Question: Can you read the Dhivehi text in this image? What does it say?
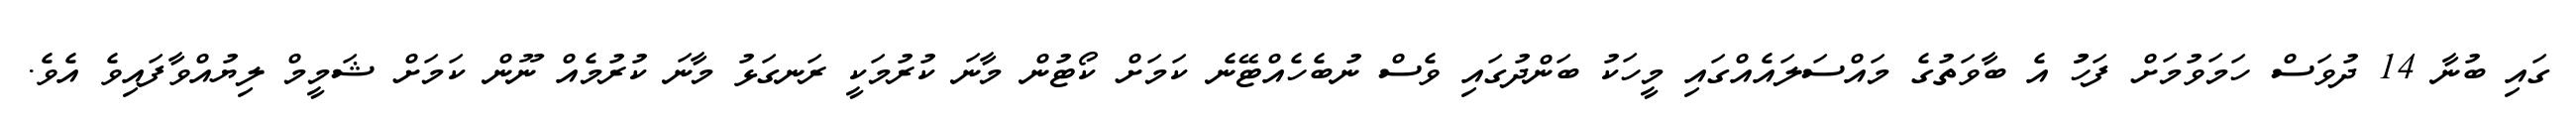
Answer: ގައި ބުނާ 14 ދުވަސް ހަމަވުމަށް ފަހުު އެ ބާވަތުގެ މައްސަލައެއްގައި މީހަކު ބަންދުގައި ވެސް ނުބެހެއްޓޭނެ ކަމަށް ކޯޓުން މާނަ ކުރުމަކީ ރަނގަޅު މާނަ ކުރުމެއް ނޫން ކަމަށް ޝަމީމް ލިޔުއްވާފައިވެ އެވެ.